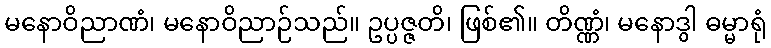
မနောဝိညာဏံ၊ မနောဝိညာဉ်သည်။ ဥပ္ပဇ္ဇတိ၊ ဖြစ်၏။ တိဏ္ဏံ၊ မနောဒွါ ဓမ္မာရုံ